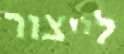
לייצור